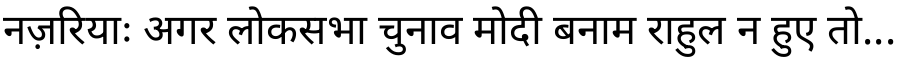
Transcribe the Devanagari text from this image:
नज़रियाः अगर लोकसभा चुनाव मोदी बनाम राहुल न हुए तो...